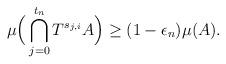
LaTeX: \begin{align*}\mu\Big(\bigcap_{j=0}^{t_n}T^{s_{j,i}}A\Big) \geq (1-\epsilon_n)\mu(A).\end{align*}